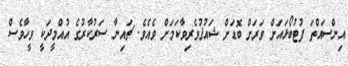
އިންސައްތަ ފުޓުބޯޅައަށް ވަރަށް ބޮޑަށް ޝައުޤުވެރިވާކަމަށް ވެއެވެ. ޗައިނާ ސަރުކާރުގެ އުއްމީދަކީ ވީހާވެސް